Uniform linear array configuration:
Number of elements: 64
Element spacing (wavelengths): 0.75
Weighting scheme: binomial
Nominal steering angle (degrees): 45
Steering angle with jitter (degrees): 45.377
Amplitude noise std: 0.05
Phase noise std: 0.05

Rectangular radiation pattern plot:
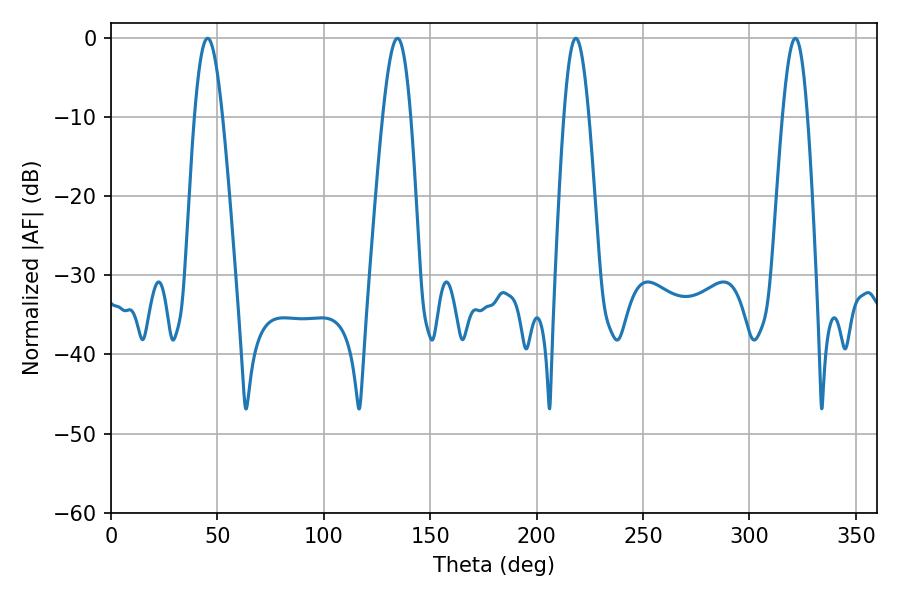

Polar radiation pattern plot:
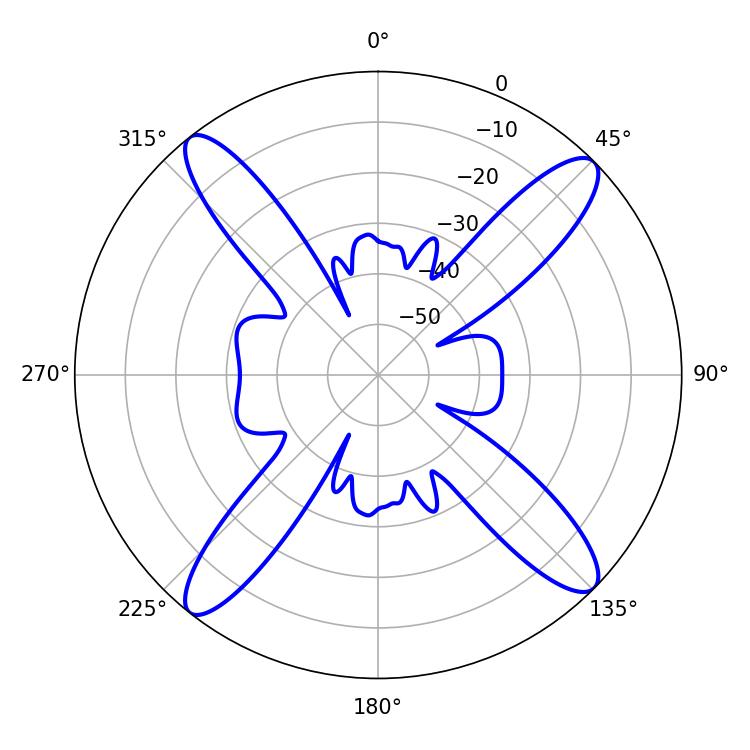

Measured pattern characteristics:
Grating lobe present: TRUE
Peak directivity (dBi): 16.765
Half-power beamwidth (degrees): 7.02
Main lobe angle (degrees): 45.36